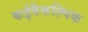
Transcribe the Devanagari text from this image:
कईवैकल्पिक